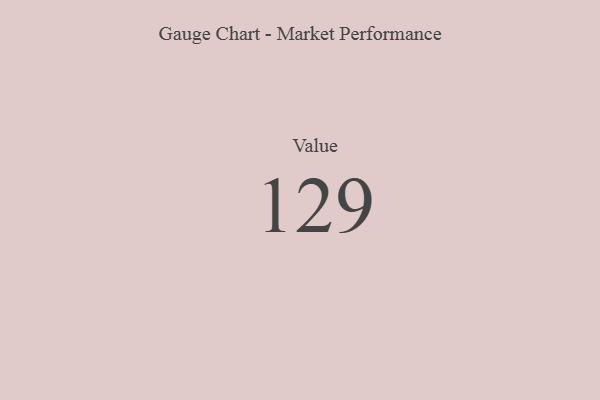
{"axis": {"x": "Metric", "y": "Value"}, "legend": [""], "data": [{"x": "Value", "y": 129, "type": ""}]}